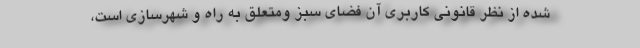
شده از نظر قانونی کاربری آن فضای سبز ومتعلق به راه و شهرسازی است،